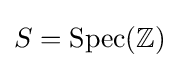
S={\text{Spec}}(\mathbb {Z} )